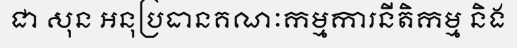
ជា សុន អនុប្រធានគណៈកម្មការនីតិកម្ម និង